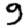
Digit: 9